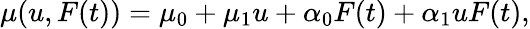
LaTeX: \mu(u,F(t))=\mu_{0}+\mu_{1}u+\alpha_{0}F(t)+\alpha_{1}uF(t),